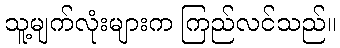
သူ့မျက်လုံးများက ကြည်လင်သည်။